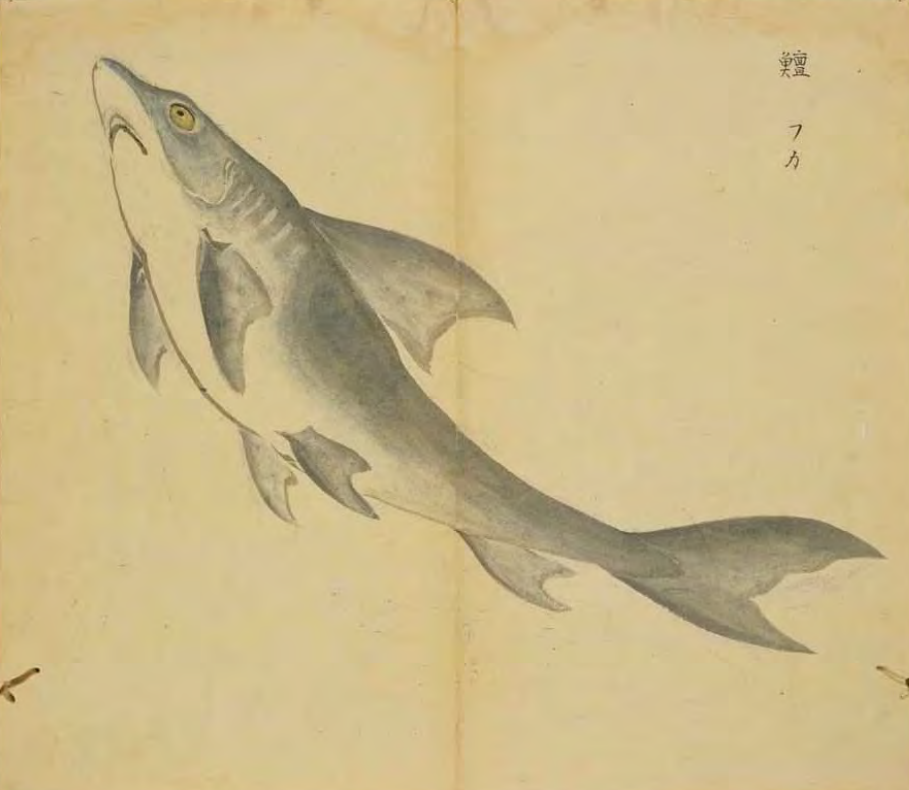
手如柔荑，肤如凝脂